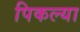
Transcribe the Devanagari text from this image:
पिकल्या